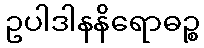
ဥပါဒါနနိရောဓဉ္စ